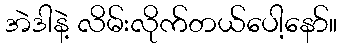
အဲဒါနဲ့ လိမ်းလိုက်တယ်ပေါ့နော်။